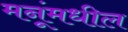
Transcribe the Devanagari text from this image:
मनूंमधील